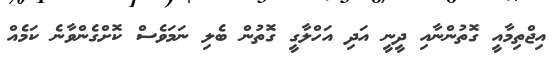
އިޖްތިމާއީ ގޮތުންނާއި ދީނީ އަދި އަހްލާގީ ގޮތުން ބެލި ނަމަވެސް ކޮށްގެންވާނެ ކަމެއް